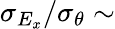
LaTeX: \sigma_{E_{x}}/\sigma_{\theta}\sim